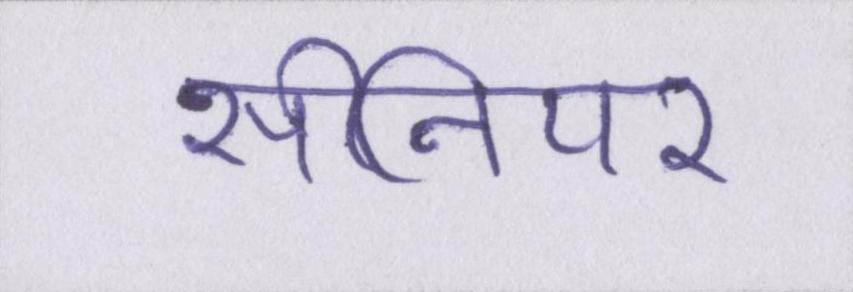
सीनियर